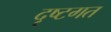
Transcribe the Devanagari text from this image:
दृष्टगत